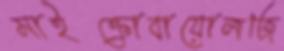
মাইক্রোবায়োলজি